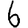
Digit: 6